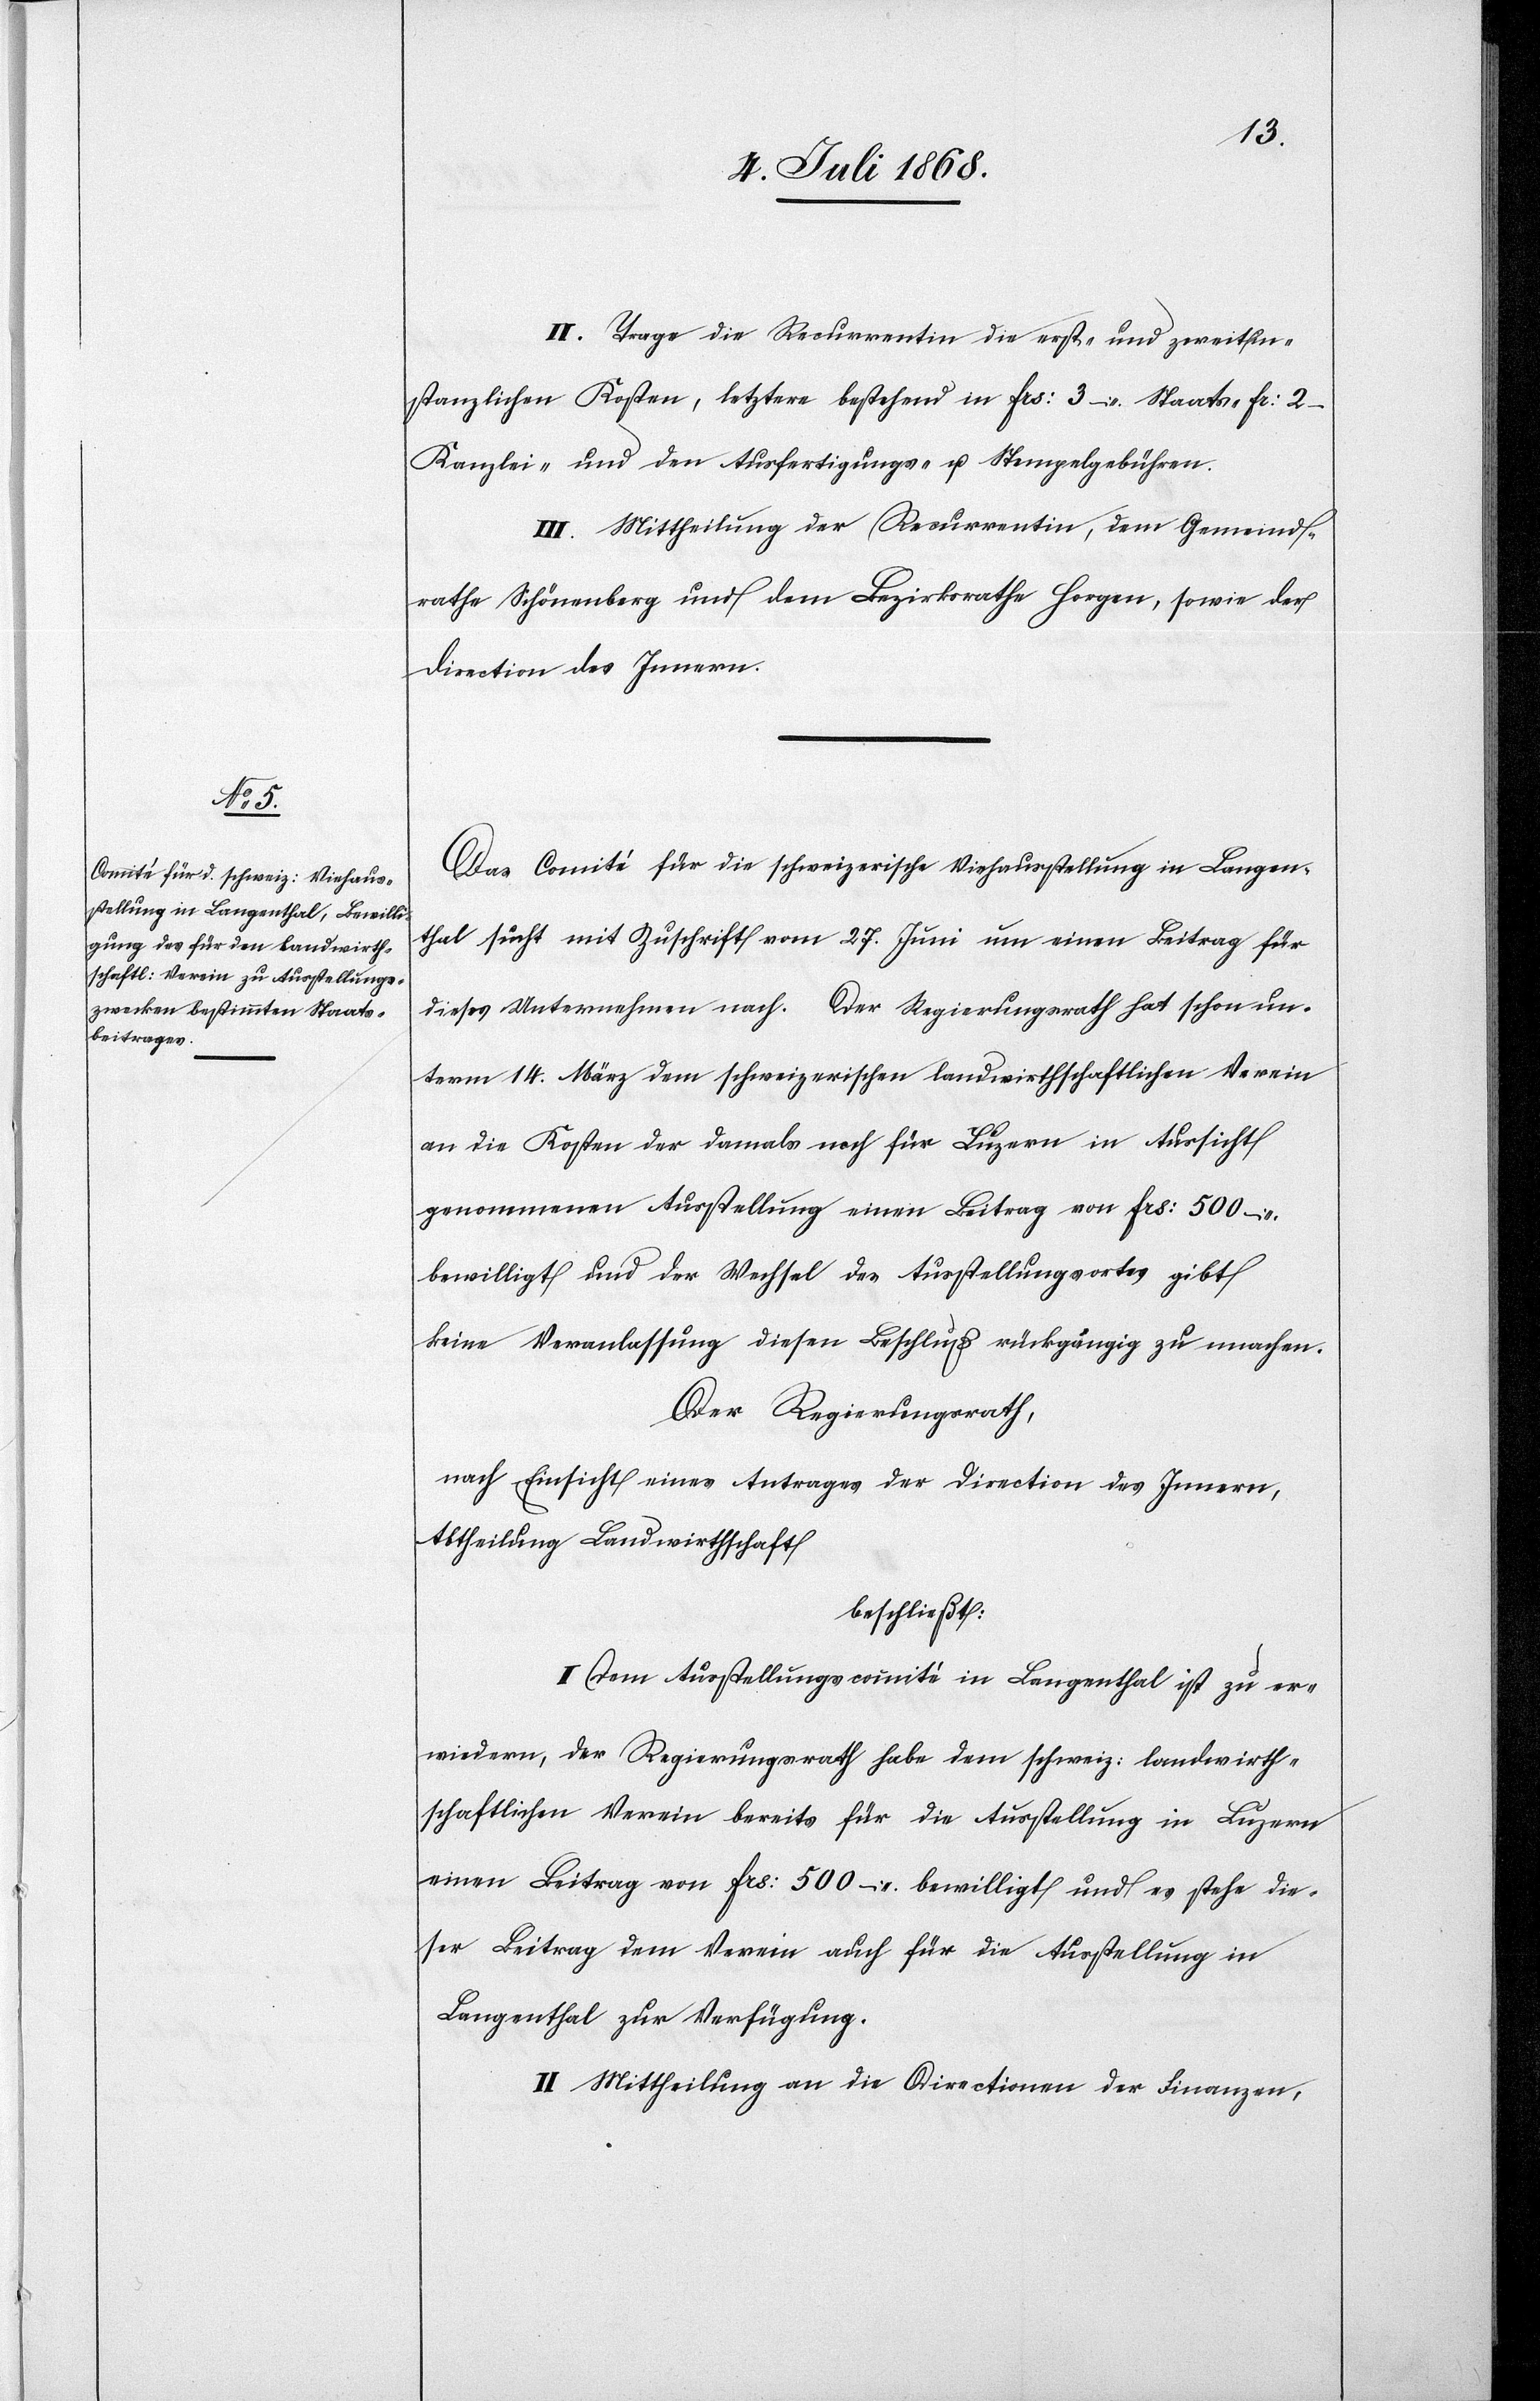
II. Trage die Recurrentin die erst- und zweitin¬
stanzlichen Kosten, letztere bestehend in Frs: 3 – Staats-[,] Fr: 2 –
Kanzlei- und den Ausfertigungs- u. Stempelgebühren.
III. Mittheilung der Recurrentin, dem Gemeind¬
rathe Schönenberg und dem Bezirksrathe Horgen, sowie der
Direction des Innern.
Das Comité für die schweizerische Viehausstellung in Langen¬
thal sucht mit Zuschrift vom 27. Juni um einen Beitrag für
dieses Unternehmen nach. Der Regierungsrath hat schon un¬
term 14. März dem schweizerischen landwirthschaftlichen Verein
an die Kosten der damals noch für Luzern in Aussicht
genommenen Ausstellung einen Beitrag von Frs: 500 –
bewilligt und der Wechsel des Ausstellungsortes gibt
keine Veranlassung diesen Beschluß rückgängig zu machen.
Der Regierungsrath,
nach Einsicht eines Antrages der Direction des Innern,
Abtheilung Landwirthschaft
beschließt:
I. Dem Ausstellungscomité in Langenthal ist zu er¬
wiedern, der Regierungsrath habe dem schweiz: landwirth¬
schaftlichen Verein bereits für die Ausstellung in Luzern
einen Beitrag von Frs: 500 – bewilligt und es stehe die¬
ser Beitrag dem Verein auch für die Ausstellung in
Langenthal zur Verfügung.
II. Mittheilung an die Directionen der Finanzen,